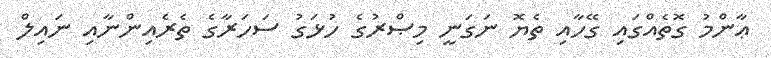
ޢާންމު ގޮތެއްގައި ގޭހާއި ތެޔޮ ނަގަނީ މިޞްރުގެ ހުޅަގު ސަހަރާގެ ތެރެއިންނާއި ނައިލް